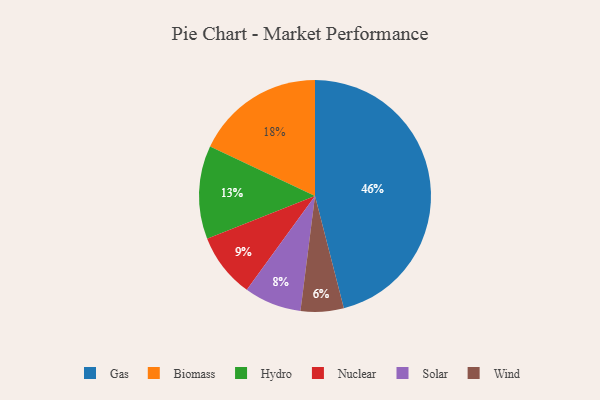
{"axis": {"x": "Category", "y": "Percentage"}, "legend": ["Biomass", "Gas", "Hydro", "Nuclear", "Solar", "Wind"], "data": [{"x": "Gas", "y": 46, "type": "Gas"}, {"x": "Wind", "y": 6, "type": "Wind"}, {"x": "Biomass", "y": 18, "type": "Biomass"}, {"x": "Solar", "y": 8, "type": "Solar"}, {"x": "Nuclear", "y": 9, "type": "Nuclear"}, {"x": "Hydro", "y": 13, "type": "Hydro"}]}